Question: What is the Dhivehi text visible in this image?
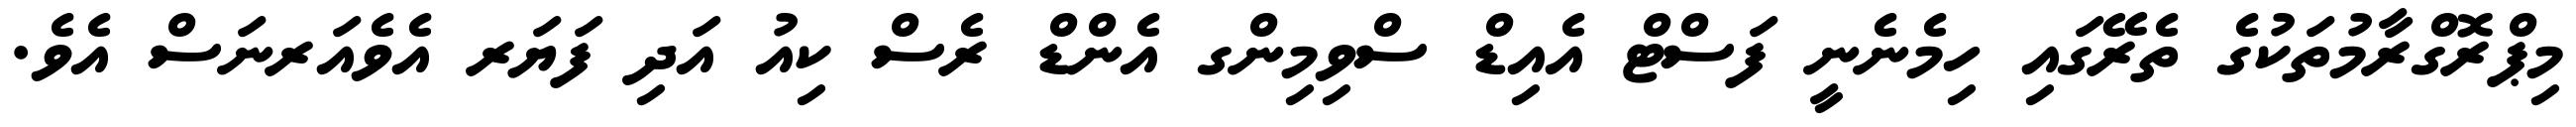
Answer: މިޕްރޮގްރާމުތަކުގެ ތެރޭގައި ހިމެނެނީ ފަސްޓް އެއިޑް ސްވިމިންގ އެންޑް ރެސް ކިއު އަދި ފަޔަރ އެވެއަރނަސް އެވެ.